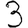
Digit: 3